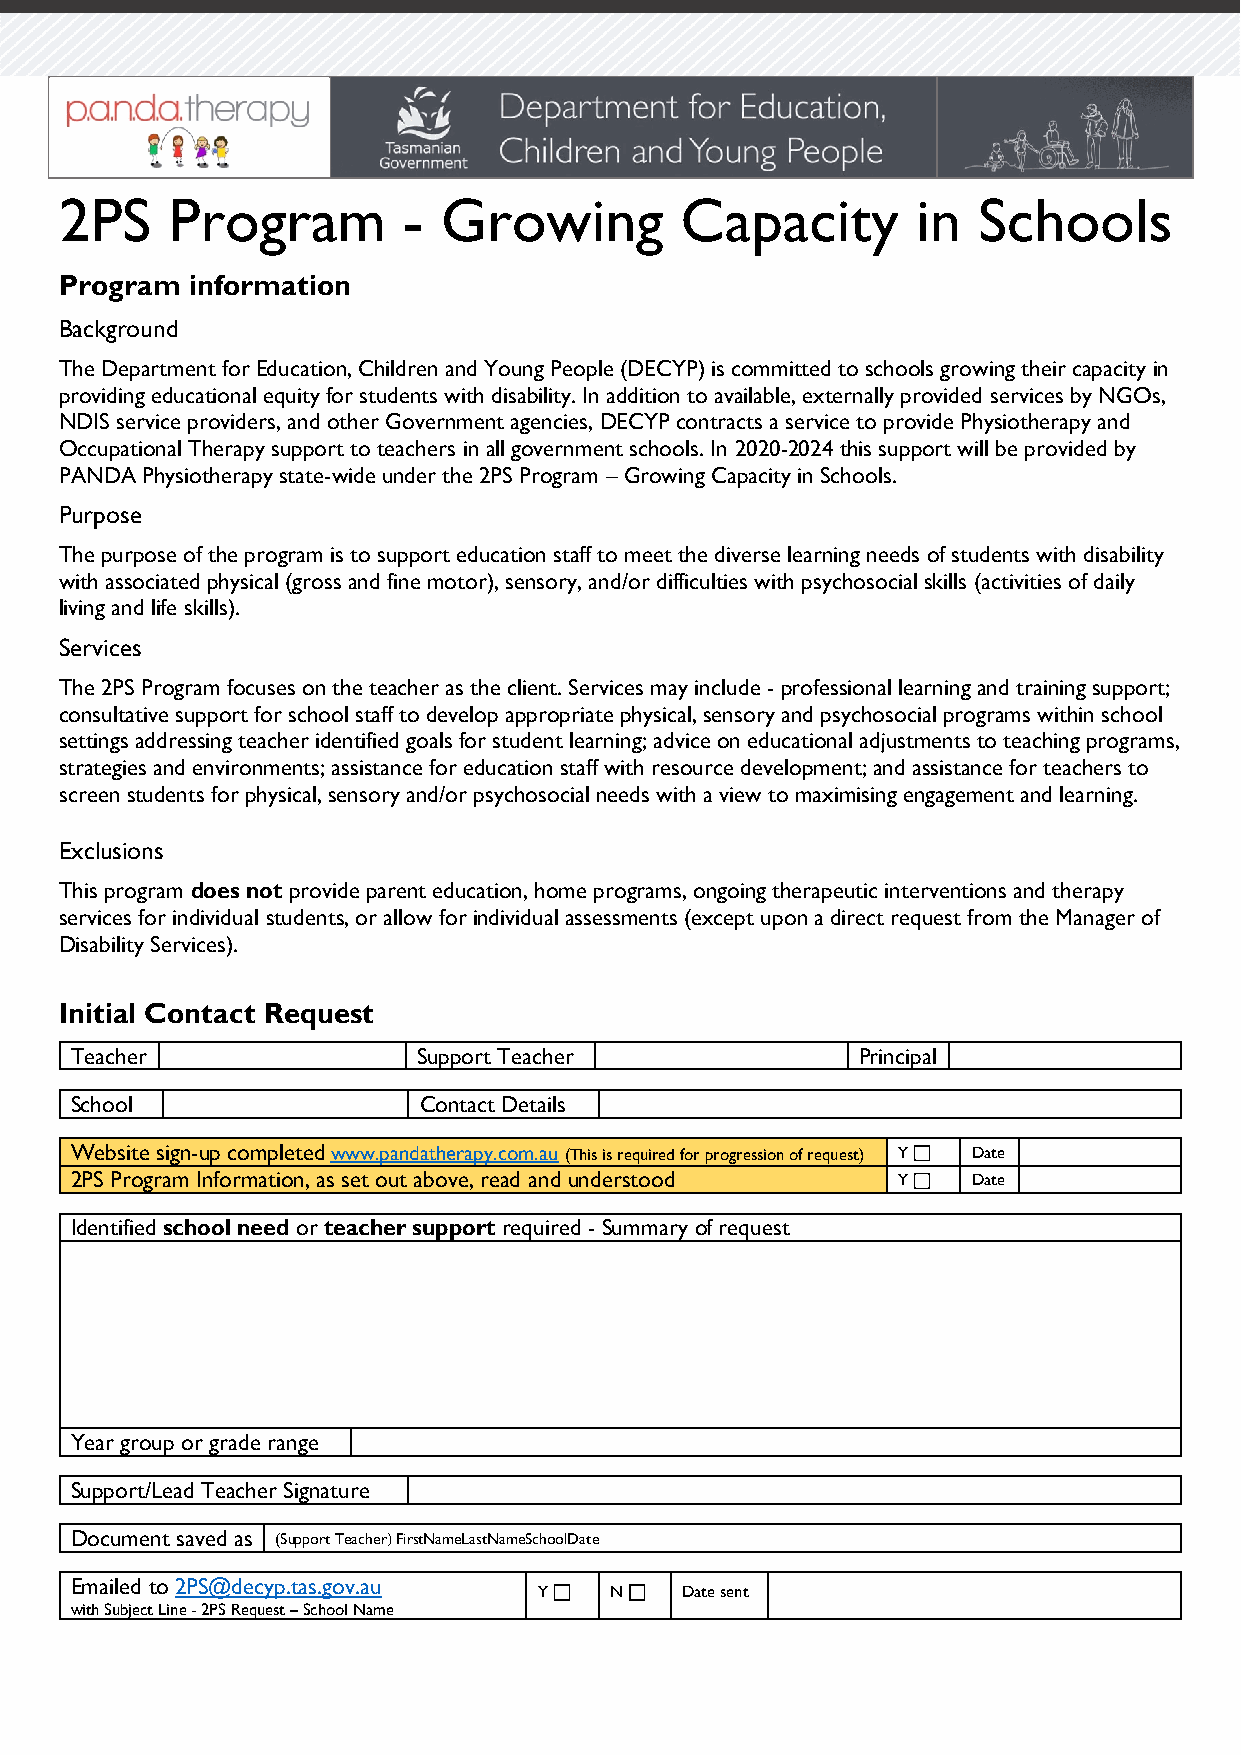
2PS    Program         - Growing         Capacity        in  Schools
 Program  information
 Background
 The Department for Education, Children and Young People (DECYP) is committed to schools growing their capacity in
 providing educational equity for students with disability. In addition to available, externally provided services by NGOs,
 NDIS service providers, and other Government agencies, DECYP contracts a service to provide Physiotherapy and
 Occupational Therapy support to teachers in all government schools. In 2020-2024 this support will be provided by
 PANDA Physiotherapy state-wide under the 2PS Program – Growing Capacity in Schools.
 Purpose
 The purpose of the program is to support education staff to meet the diverse learning needs of students with disability
 with associated physical (gross and fine motor), sensory, and/or difficulties with psychosocial skills (activities of daily
 living and life skills).
 Services
 The 2PS Program focuses on the teacher as the client. Services may include - professional learning and training support;
 consultative support for school staff to develop appropriate physical, sensory and psychosocial programs within school
 settings addressing teacher identified goals for student learning; advice on educational adjustments to teaching programs,
 strategies and environments; assistance for education staff with resource development; and assistance for teachers to
 screen students for physical, sensory and/or psychosocial needs with a view to maximising engagement and learning.
 Exclusions
 This program does not provide parent education, home programs, ongoing therapeutic interventions and therapy
 services for individual students, or allow for individual assessments (except upon a direct request from the Manager of
 Disability Services).
 Initial Contact Request
 Teacher                Support Teacher              Principal
 School                 Contact Details
 Website sign-up completed www.pandatherapy.com.au (This is required for progression of request) Y Date
 2PS Program Information, as set out above, read and understood Y Date
 Identified school need or teacher support required - Summary of request
 Year group or grade range
 Support/Lead Teacher Signature
 Document saved as (Support Teacher) FirstNameLastNameSchoolDate
 Emailed to 2PS@decyp.tas.gov.au
 Y   N    Date sent
 with Subject Line - 2PS Request – School Name